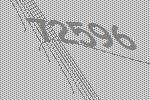
72596